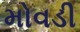
મોવડી